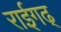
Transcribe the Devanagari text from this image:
राईगढ्